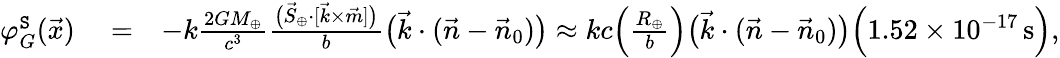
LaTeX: \begin{array}{rlr}{\varphi_{G}^{\tt S}(\vec{x})}&{{}=}&{-k\frac{2GM_{\oplus}}{c^{3}}\frac{\big({\vec{S}}_{\oplus}\cdot[{\vec{k}}\times\vec{m}]\big)}{b}\big(\vec{k}\cdot(\vec{n}-\vec{n}_{0})\big)\approx kc\Big(\frac{R_{\oplus}}{b}\Big)\big(\vec{k}\cdot(\vec{n}-\vec{n}_{0})\big)\Big(1.52\times 10^{-17}\, \mathrm{s}\Big),}\end{array}